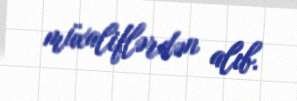
müxaliflərdən alıb.